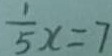
\frac { 1 } { 5 } x = 7